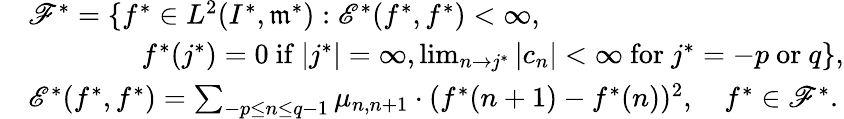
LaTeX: \begin{array}{rl}&{{\mathscr F}^{*}=\{ f^{*}\in L^{2}(I^{*},\mathfrak{m}^{*}):{\mathscr E}^{*}(f^{*},f^{*})<\infty,}\\ &{\qquad\qquad f^{*}(j^{*})=0\mathrm{~if~}|j^{*}|=\infty,\operatorname*{lim}_{n\rightarrow j^{*}}|c_{n}|<\infty\mathrm{~for~}j^{*}=-p\mathrm{~or~}q\} ,}\\ &{{\mathscr E}^{*}(f^{*},f^{*})=\sum_{-p\leq n\leq q-1}\mu_{n,n+1}\cdot(f^{*}(n+1)-f^{*}(n))^{2},\quad f^{*}\in{\mathscr F}^{*}.}\end{array}